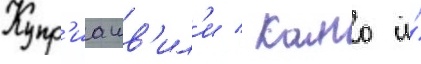
Купр'иашв'ил'и / камо и́